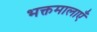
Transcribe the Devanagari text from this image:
भक्तमालाएँ